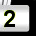
Digit: 2